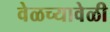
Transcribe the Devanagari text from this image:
वेळच्यावेळी